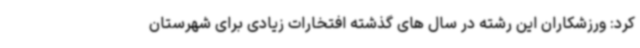
کرد: ورزشکاران این رشته در سال های گذشته افتخارات زیادی برای شهرستان